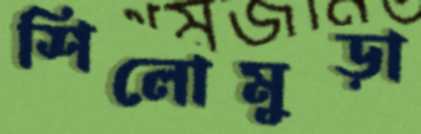
শিলোমুড়া